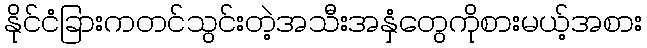
နိုင်ငံခြားကတင်သွင်းတဲ့အသီးအနှံတွေကိုစားမယ့်အစား